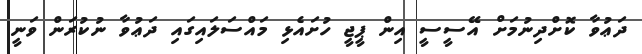
ދަޢުވާ ކޮށްދިނުމަށް އޭސީސީ އިން ޕީޖީ ހުށައެޅި މައްސަލައިގައި ދަޢުވާ ނުކުރަން ވަނީ